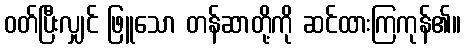
ဝတ်ပြီးလျှင် ဖြူသော တန်ဆာတို့ကို ဆင်ထားကြကုန်၏။